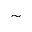
\sim